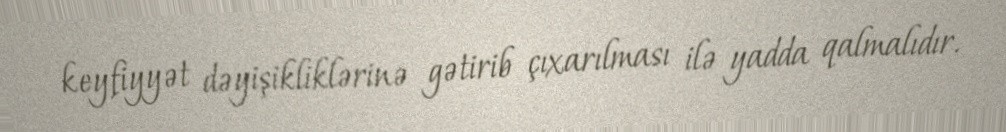
keyfiyyət dəyişikliklərinə gətirib çıxarılması ilə yadda qalmalıdır.